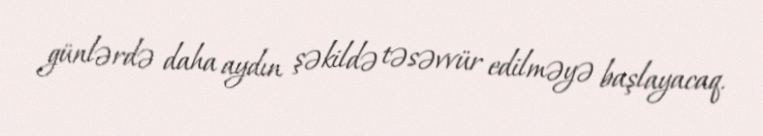
günlərdə daha aydın şəkildə təsəvvür edilməyə başlayacaq.